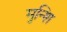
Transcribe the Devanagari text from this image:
मुन्शि